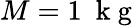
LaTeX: M=1~\mathrm{~k~g~}